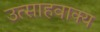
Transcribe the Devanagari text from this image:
उत्साहवाक्य